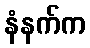
နံနက်က